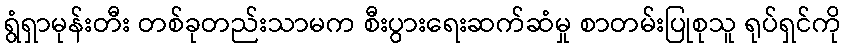
ရွံရှာမုန်းတီး တစ်ခုတည်းသာမက စီးပွားရေးဆက်ဆံမှု စာတမ်းပြုစုသူ ရုပ်ရှင်ကို